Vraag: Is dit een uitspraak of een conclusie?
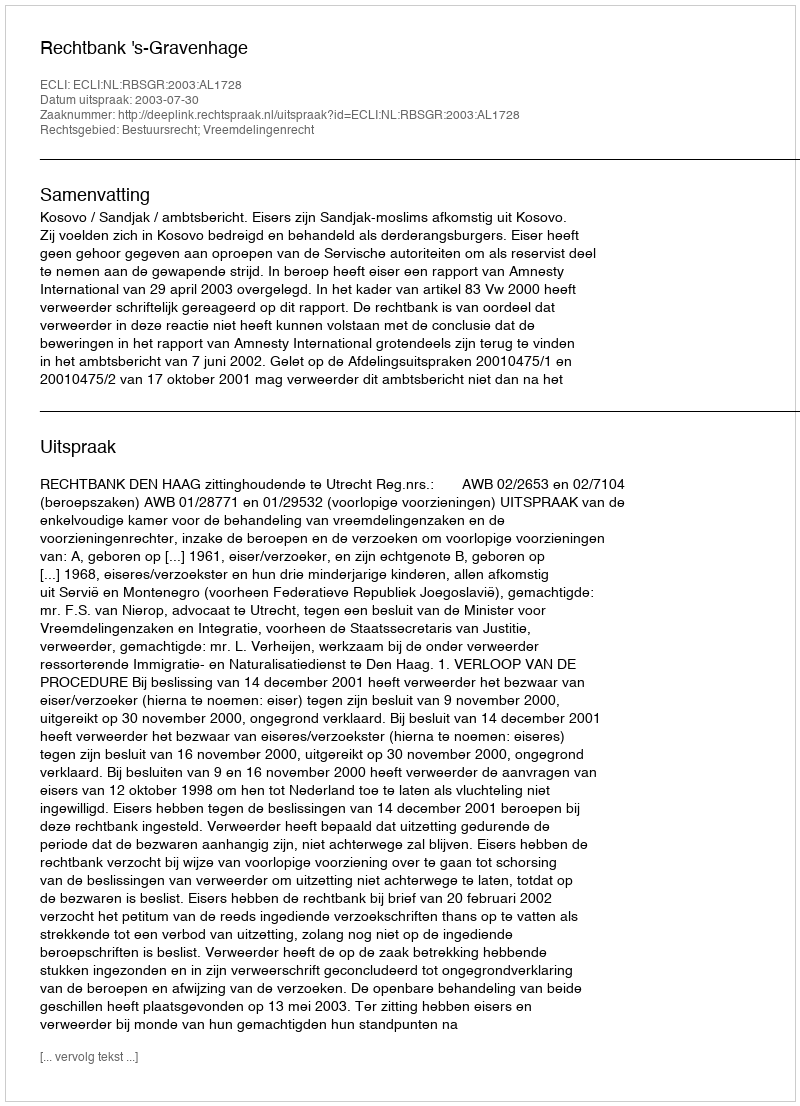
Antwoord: Uitspraak